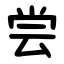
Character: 尝